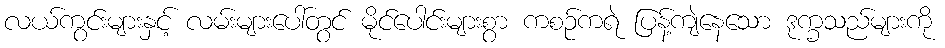
လယ်ကွင်းများနှင့် လမ်းများပေါ်တွင် မိုင်ပေါင်းများစွာ ကစဉ်ကရဲ ပြန့်ကျဲနေသော ဒုက္ခသည်များကို